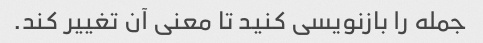
جمله را بازنویسی کنید تا معنی آن تغییر کند.